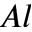
A l